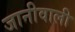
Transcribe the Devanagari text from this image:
जानीवाली